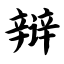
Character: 辩